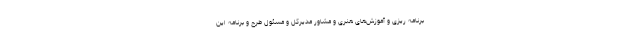
برنامه ریزی و آموزش‌های هنری و مشاور مدیرکل و مسئول طرح و برنامه این